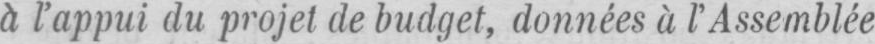
à l’appui du projet de budget, données à l’Assemblée